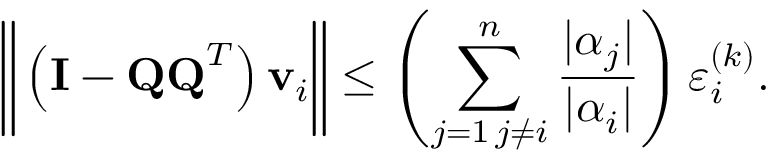
\bigg \| \left( \mathbf { I } - \mathbf { Q Q } ^ { T } \right) \mathbf { v } _ { i } \bigg \| \leq \left( \sum _ { \substack { j = 1 \, j \neq i } } ^ { n } \frac { \vert \alpha _ { j } \vert } { \vert \alpha _ { i } \vert } \right) \varepsilon _ { i } ^ { ( k ) } .